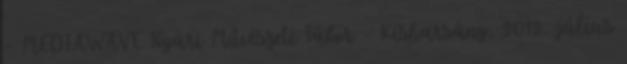
- MEDIAWAVE Nyári Művészeti Tábor - Kisharsány, 2012. július